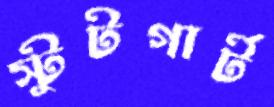
স্টুটগার্ট